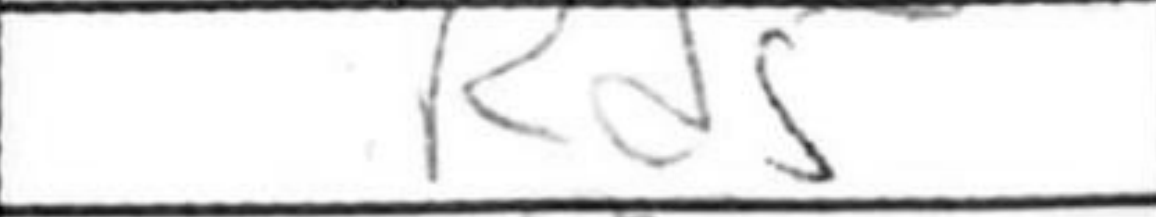
Transcription: Rd5